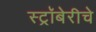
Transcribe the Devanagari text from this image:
स्ट्रॉबेरीचे